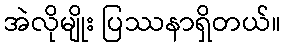
အဲလိုမျိုး ပြဿနာရှိတယ်။